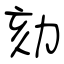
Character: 劾